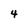
Character: 4